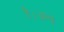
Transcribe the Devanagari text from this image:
है।अन्ध